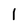
Character: l